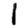
Digit: 1